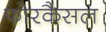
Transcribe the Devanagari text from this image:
फोरकैसल